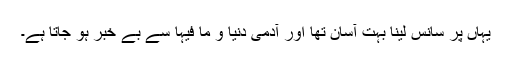
یہاں پر سانس لینا بہت آسان تھا اور آدمی دنیا و ما فیہا سے بے خبر ہو جاتا ہے۔